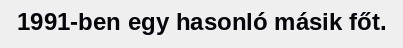
1991-ben egy hasonló másik főt.